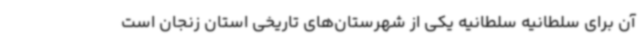
آن برای سلطانیه سلطانیه یکی از شهرستان‌های تاریخی استان زنجان است